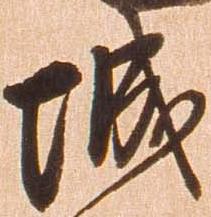
城